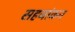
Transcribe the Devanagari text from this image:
सहजांकन